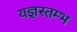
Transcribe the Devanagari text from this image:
यज्ञस्तम्भ